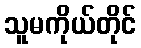
သူမကိုယ်တိုင်